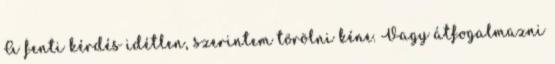
A fenti kérdés idétlen, szerintem törölni kéne. Vagy átfogalmazni